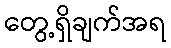
တွေ့ရှိချက်အရ